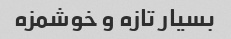
بسیار تازه و خوشمزه